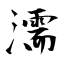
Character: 濡